Report on the lunatic asylums under the Government of Bombay - 1904-1913
Year: 1904
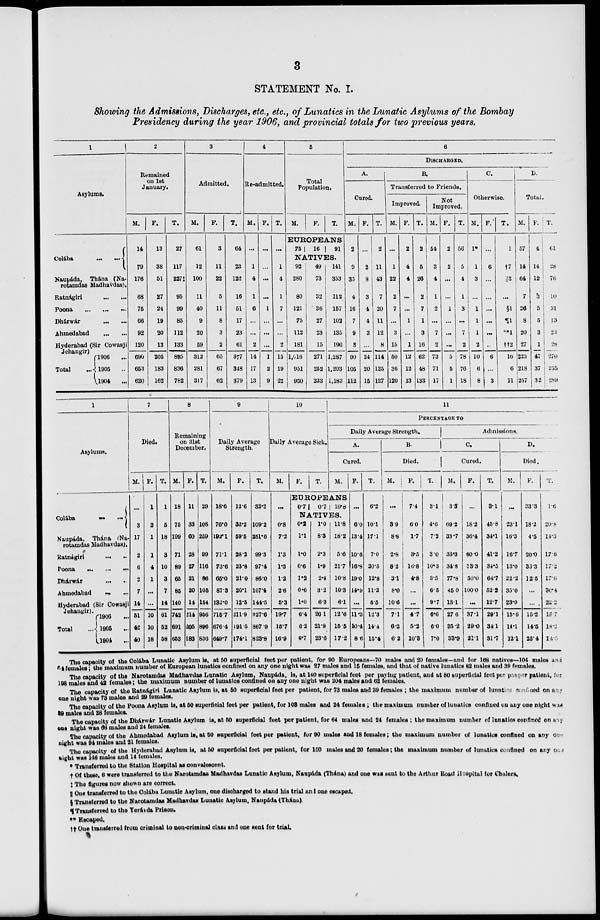
3
STATEMENT No. I.
Showing the Admissions, Discharges, etc., etc., of Lunatics in the Lunatic Asylums of the Bombay
Presidency during the year 1906, and provincial totals for two previous years.
1
Asylums.
Colába
...
...
Naupáda, Thána (Na-
rotamaas Madhavdas).
Ratnágiri
...
...
Poona ... ... ...
Dhárwár ... ...
Ahmedabad ... ...
Hyderabad (Sir Cowasji
Jehangir)
Total
1906 ...
1905 ...
1904 ...
2
Remained
on 1st
January.
M.
14
79
176
68
75
66
92
120
690
653
620
F.
13
38
51
27
24
19
20
13
205
183
162
T.
27
117
227‡
95
99
85
112
133
895
836
782
3
Admitted.
M.
61
12
100
11
40
9
20
59
312
281
317
F.
3
11
22
5
11
8
3
2
65
67
62
T.
64
23
122
16
51
17
23
61
377
348
379
4
Re-admitted.
M.
...
1
4
1
6
...
...
2
14
17
13
F.
...
...
...
...
1
...
...
...
1
2
9
T.
...
1
4
1
7
...
...
2
15
19
22
5
Total
Population.
M.
F.
T.
EUKOPEANS.
75
16
91
NATIVES.
92
280
80
121
75
112
181
1,016
951
950
49
73
32
36
27
23
15
271
252
233
141
353
112
157
102
135
196
1,287
1,203
1,183
6
DISCHARGED.
A.
Cured.
M.
2
9
35
4
16
7
9
8
90
105
112
F.
...
2
8
3
4
4
3
...
24
20
15
T.
2
11
43
7
20
11
12
8
114
125
127
B.
Transferred to Friends.
Improved.
M.
...
1
22
2
7
...
3
15
50
36
120
F.
2
4
4
...
...
1
...
1
12
12
13
T.
2
5
26
2
7
1
3
16
62
48
133
Not
Improved.
M.
54
3
4
1
2
...
7
2
73
71
17
F.
2
2
...
...
1
...
...
...
5
5
1
T.
56
5
4
1
3
...
7
2
78
76
18
C
Otherwise.
M.
1*
1
3
...
1
1
1
2
10
6
8
F.
...
6
...
...
...
...
...
..
6
...
3
T.
1
†7
||3
...
§1
¶1
**1
††2
l6
6
11
D.
Total.
M.
57
14
64
7
26
8
20
27
223
218
257
F.
4
14
12
3
5
5
3
1
47
37
32
T.
61
28
76
10
31
13
23
28
270
255
289
1
Asylums.
Colába
...
...
Naupáda, Thána (Na-
rotamdas Madhavdas).
Ratnágiri
...
...
Poona ... ... ...
Dhárwár
...
...
Ahmedabad ... ...
Hyderabad (Sir Cowasji
Jehangir).
Total
1906 ...
1905 ...
1904
...
7
Died.
M.
...
3
17
2
6
2
7
14
51
42
40
F.
1
2
1
1
4
1
...
...
10
10
18
T.
1
5
18
3
10
3
7
14
61
52
58
8
Remaining
on 31st
December.
M.
18
75
199
71
89
65
85
140
742
691
653
F.
11
33
60
28
27
21
20
14
214
205
183
T.
29
108
269
99
116
86
105
154
956
896
836
9
Daily Average
Strength.
M.
18.6
76.0
192.1
71.1
73.6
65.0
87.3
132.0
715.7
676.4
649.7
F.
13.6
33.2
59.5
28.2
23.8
21.0
20.1
12.5
211.9
191.5
174.1
T.
32.2
109.2
251.6
99.3
97.4
86.0
107.4
144.5
927.6
867 9
823.8
10
Daily Average Sick.
M.
...
0.8
7.2
1.3
1.3
1.2
2.6
5.3
19.7
15.7
16.9
F.
T.
11
PERCENTAGE TO
Daily Average Strength.
A.
Cured.
M.
EUROPEANS
0.7
0.7 10.8
NATIVES.
0.2
1.1
1.0
0.6
1.2
0.6
1.0
6.4
6.2
6.7
1.0
8.3
2.3
1.9
2.4
3.2
6.3
26.1
21.9
23.6
11.8
18.2
5.6
21.7
10.8
10.3
6.1
12.6
15.5
17.2
F.
...
60
13.4
10.6
16.8
19.0
14.9
...
11.3
10.4
8.6
T.
6.2
10.1
17.1
7.0
20.5
12.8
11.2
5.5
12.3
14.4
15.4
B.
Died.
M.
...
3.9
8.8
2.8
8.2
3.1
8.0
10.6
7.1
6.2
6.2
F.
7.4
6.0
1.7
3.5
16.8
4.8
...
...
4.7
5.2
10.3
T.
3.1
4.6
7.2
3.0
10.3
3.5
6.5
9.7
6.6
6.0
7.0
Admissions.
C.
Cured.
M.
3.3
69.2
33.7
33.3
34.8
77.8
45.0
13.1
27.6
35.2
33.9
F.
...
18.2
36.4
60.0
33.3
50.0
100.0
...
37.1
29.0
21.1
T.
3.1
45.8
34.1
41.2
34.5
64.7
52.2
12.7
29.1
34.1
31.7
D.
Died.
M.
...
23.1
16.3
16.7
13.0
22.2
35.0
23.0
15.6
14.1
12.1
F.
33.3
18.2
4.5
20.0
33.3
12.5
...
... .
15.2
14.5
25.4
T.
1.6
20.8
14.3
17.6
17.2
17.6
30.4
22.2
15.7
14.2
14.5
The capacity of the Colába Lunatic Asylum is, at 50 superficial feet per patient, for 90 Europeans—70 males and 20 females—and for 168 natives—104 males and
64 females; the maximum number of European lunatics confined on any one night was 27 males and 15 females, and that of native lunatics 82 males and 39 females.
The capacity of the Narotamdas Madhavdas Lunatic Asylum, Naupáda, is, at 140 superficial feet per paying patient, and at 80 superficial feet per pauper patient, for
198 males and 42 females; the maximum number of luuatics confined on any one night was 204 males and 62 females.
The capacity of the Ratnágiri Lunatic Asylum is, at 50 superficial feet per patient, for 73 males and 39 females ; the maximum number of lunatics confined on any
one night was 73 males and 29 females.
The capacity of the Poona Asylum is, at 50 superficial feet per patient, for 103 males and 24 females ; the maximum number of lunatics confined on any one night was.
18 males and 28 females.
The capacity of the Dhárwár Lunatic Asylum is, at 50 superficial feet per patient, for 64 males and 24 females ; the maximum number of lunatics confined on any
one night was 66 males and 24 females.
The capacity of the Ahmedabad Asylum is, at 50 superficial feet per patient, for 90 males and 18 females; the maximum number of lunatics confined on any any
night was 94 males and 21 females.
The capacity of the Hyderabad Asylum is, at 50 superficial feet per patient, for 150 males and 20 females; the maximum number of lunatics confined on any one
night was 146 males and 14 females.
* Transferred to the Station Hospital as convalescent.
† Of these, 6 were transferred to the Narotamdas Madhavdas Lunatic Asylum, Naupáda (Thána) and and was sent to the Arthur Road Hospital for Cholera.
‡ The figures now shown are correct.
|| One transferred to the Colába Lunatic Asylum, one discharged to stand his trial and one escaped.
§ Transferred to the Narotamdas Madhavdas Lunatic Asylum, Naupáda (Thána).
¶ Transferred to the Yerávda Prison.
** Escaped.
†† One transferred from criminal to non-criminal class and one sent for trial.